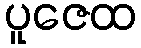
ပူဇေထ